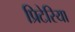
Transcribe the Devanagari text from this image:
प्रिटेरिया